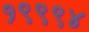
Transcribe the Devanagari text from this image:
१९९९४